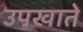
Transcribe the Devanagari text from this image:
उपखाते